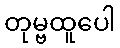
တုမ္ဗထူပေါ